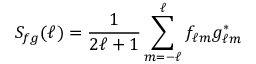
S _ { f g } ( \ell ) = { \frac { 1 } { 2 \ell + 1 } } \sum _ { m = - \ell } ^ { \ell } f _ { \ell m } g _ { \ell m } ^ { \ast }